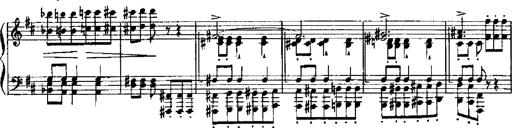
Title: RÃ©miniscences de Robert le diable
Composer: Franz Liszt